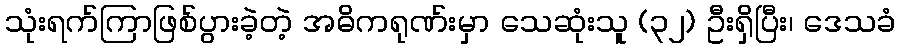
သုံးရက်ကြာဖြစ်ပွားခဲ့တဲ့ အဓိကရုဏ်းမှာ သေဆုံးသူ (၃၂) ဦးရှိပြီး၊ ဒေသခံ